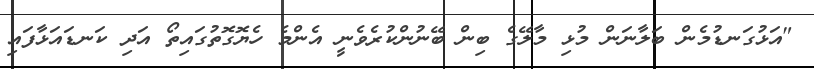
"އަޅުގަނޑުމެން ބަލާނަން މުޅި މާލޭގެ ބިން ބޭނުންކުރެވެނީ އެންމެ ހެޔޮގޮތުގައިތޯ އަދި ކަނޑައަޅާފައި